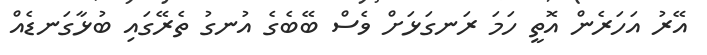
އޭރު އަހަރެން އޮތީ ހަމަ ރަނގަޅަށް ވެސް ބޭބެގެ އުނގު ތެރޭގައި ބުޅާގަނޑެއް